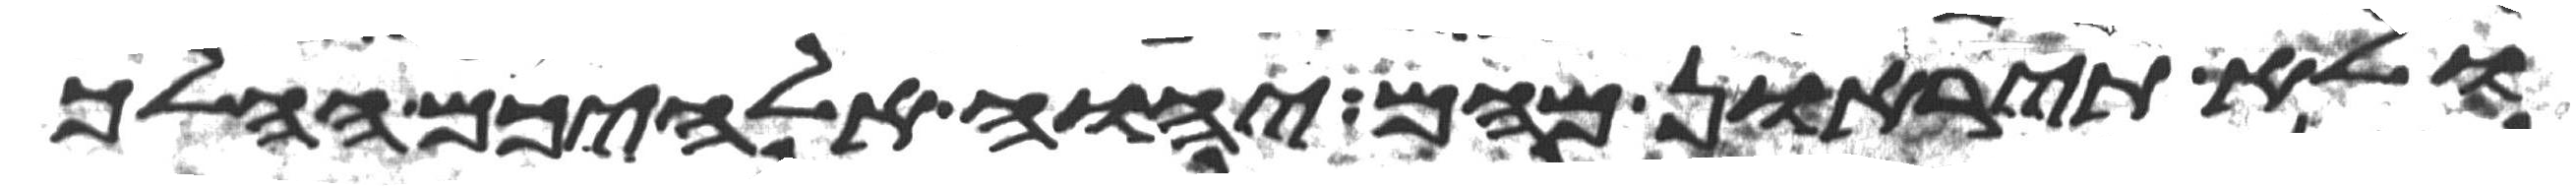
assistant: ולא תיראון מהם יהוה אלהיכם ההלך